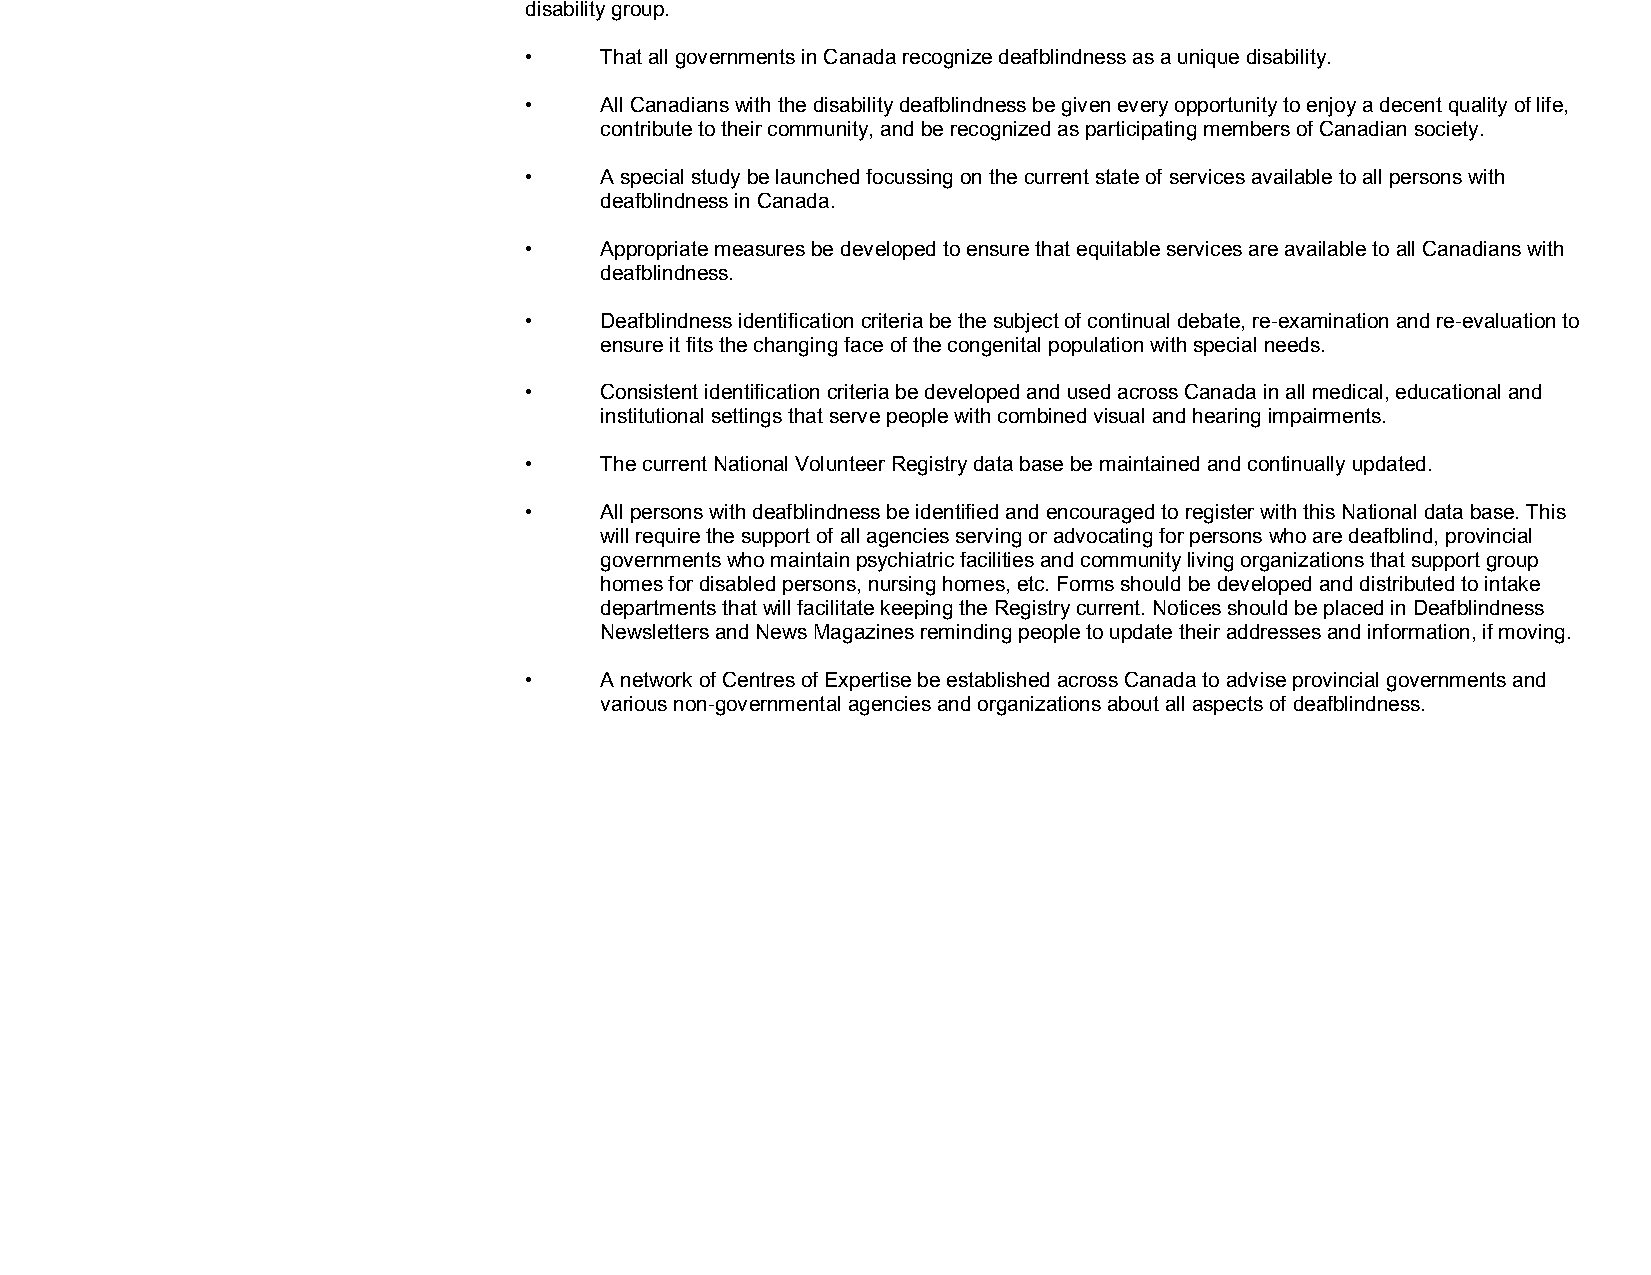
disability group.
 •    That all governments in Canada recognize deafblindness as a unique disability.
 •    All Canadians with the disability deafblindness be given every opportunity to enjoy a decent quality of life,
 contribute to their community, and be recognized as participating members of Canadian society.
 •    A special study be launched focussing on the current state of services available to all persons with
 deafblindness in Canada.
 •    Appropriate measures be developed to ensure that equitable services are available to all Canadians with
 deafblindness.
 •    Deafblindness identification criteria be the subject of continual debate, re­examination and re­evaluation to
 ensure it fits the changing face of the congenital population with special needs.
 •    Consistent identification criteria be developed and used across Canada in all medical, educational and
 institutional settings that serve people with combined visual and hearing impairments.
 •    The current National Volunteer Registry data base be maintained and continually updated.
 •    All persons with deafblindness be identified and encouraged to register with this National data base. This
 will require the support of all agencies serving or advocating for persons who are deafblind, provincial
 governments who maintain psychiatric facilities and community living organizations that support group
 homes for disabled persons, nursing homes, etc. Forms should be developed and distributed to intake
 departments that will facilitate keeping the Registry current. Notices should be placed in Deafblindness
 Newsletters and News Magazines reminding people to update their addresses and information, if moving.
 •    A network of Centres of Expertise be established across Canada to advise provincial governments and
 various non­governmental agencies and organizations about all aspects of deafblindness.